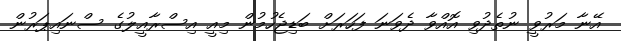
އޭނާ މަރުވީ ނުތެދުވި އޮއްވާ ދެވަނަ ފަހަރަށް ބަޑިޖެހުމުން މިއީ އިސްރާއީލުގެ ސްނައިޕަރުން